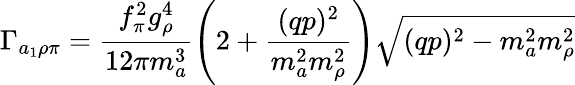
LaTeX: \Gamma_{a_{1}\rho\pi}=\frac{f_{\pi}^{2}g_{\rho}^{4}}{12\pi m_{a}^{3}}\left(2+\frac{(qp)^{2}}{m_{a}^{2}m_{\rho}^{2}}\right)\sqrt{(qp)^{2}-m_{a}^{2}m_{\rho}^{2}}